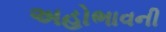
અહોભાવની